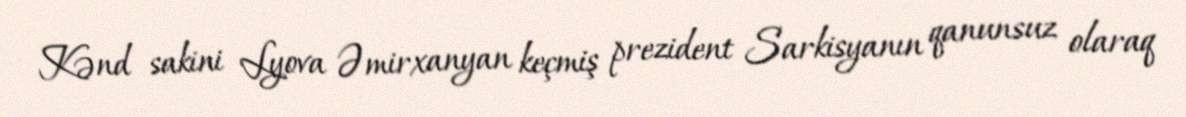
Kənd sakini Lyova Əmirxanyan keçmiş prezident Sarkisyanın qanunsuz olaraq